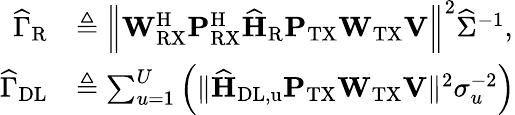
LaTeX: \begin{array}{rl}{\widehat{{\Gamma}}_{\mathrm{R}}}&{\triangleq\left\| \mathbf{W}_{\mathrm{RX}}^{\mathrm{H}}\mathbf{P}_{\mathrm{RX}}^{\mathrm{H}}\widehat{\mathbf{H}}_{\mathrm{R}}\mathbf{P}_{\mathrm{TX}}\mathbf{W}_{\mathrm{TX}}\mathbf{V}\right\| ^{2}\widehat{\Sigma}^{-1},}\\ {\widehat{{\Gamma}}_{\mathrm{DL}}}&{\triangleq\sum_{u=1}^{U}\Big(\| \widehat{\mathbf{H}}_{\mathrm{DL,u}}\mathbf{P}_{\mathrm{TX}}\mathbf{W}_{\mathrm{TX}}\mathbf{V}\| ^{2}\sigma_{u}^{-2}\Big)}\end{array}